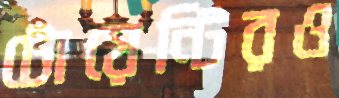
টোয়েন্টিরও